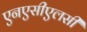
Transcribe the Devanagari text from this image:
एनएसीएलसी